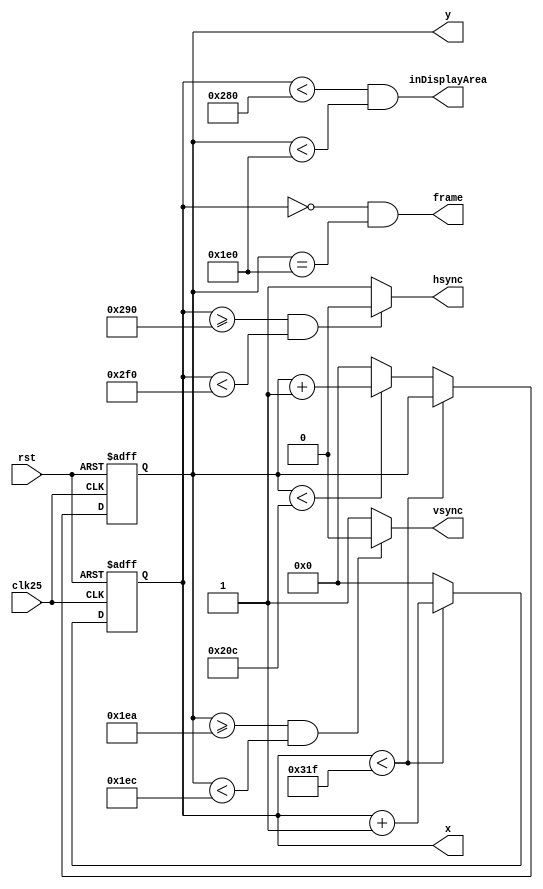
module vga_sync
	#(		
		parameter hpixels = 800, 	// nombre de pixels par ligne
		parameter vlines = 525, 	// nombre de lignes image
		parameter hpulse = 96, 		// largeur d'impulsion du signal HSYNC
		parameter vpulse = 2, 		// largeur d'impulsion du signal VSYNC
		parameter hbp = 48, 		// horizontal back porch
		parameter hfp = 16, 		// horizontal front porch
		parameter vbp = 33, 		// vertical back porch
		parameter vfp = 10		// vertical front porch		
	)
	
	(
		input clk25, rst,	// signal horloge 25MHz, signal reset 
		output wire [9:0] x, y,	// coordonnes cran pixel en cours
		output inDisplayArea, 	// inDisplayArea = 1 si le pixel en cours est dans la zone d'affichage, = 0 sinon
		output hsync, vsync,	// signaux de synchronisation horizontal et vertical
		output frame		// impulsion en dbut de phase inactive
	);
	
	
	// compteurs 10 bits horizontal et vertical
	// counterX : compteur de pixels sur une ligne
	// counterY : compteur de lignes
	reg[9:0] counterX, counterY;
	
	
	always @(posedge clk25 or negedge rst) // sur front montant de l'horloge 25MHz, ou front descendant du signal Reset
	begin
		if (rst == 0) begin // Remise  zro des compteurs sur Reset
			counterX <= 0;
			counterY <= 0;	
		end else
		begin
			// compter les pixels jusqu'en bout de ligne
			if (counterX < hpixels - 1)
				counterX <= counterX + 1;
			else
			// En fin de ligne, remettre le compteur de pixels  zro,
			// et incrmenter le compteur de lignes.
			// Quand toutes les lignes ont t balayes,
			// remettre le compteur de lignes  zro.
			begin
				counterX <= 0;
				if (counterY < vlines - 1)
					counterY <= counterY + 1;
				else
					counterY <= 0;
			end
		end
	end

	// Gnration des signaux de synchronisations (logique ngative)
	assign hsync = ((counterX >= hpixels - hbp - hpulse) && (counterX < hpixels - hbp)) ? 1'b0 : 1'b1;
	assign vsync = ((counterY >= vlines - vbp - vpulse) && (counterY < vlines - vbp)) ? 1'b0 : 1'b1;

	// inDisplayArea = 1 si le pixel en cours est dans la zone d'affichage, = 0 sinon
	assign inDisplayArea = 	(counterX < hpixels - hbp - hfp - hpulse)
				&&
				(counterY < vlines - vbp - vfp - vpulse);
	
	// Coordonnes cran du pixel en cours
	// (x, y) = (0, 0)  l'origine de la zone affichable
	assign x = counterX;
	assign y = counterY;
	
	// frame=1 au dbut de la 481 ligne, lorsque la zone d'affichage active a t balaye.
	assign frame = (counterX == 0) && (counterY == vlines - vpulse - vfp - vbp);
	
endmodule